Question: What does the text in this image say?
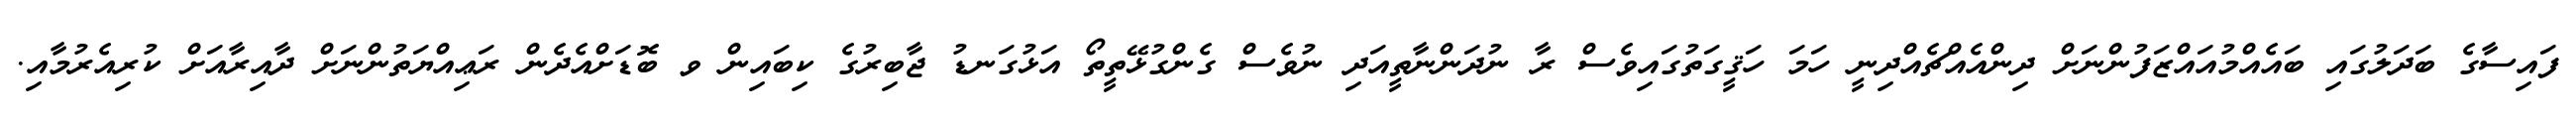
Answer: ފައިސާގެ ބަދަލުގައި ބައެއްމުއައްޒަފުންނަށް ދިންއެއްޗެއްދިނީ ހަމަ ހަޤީގަތުގައިވެސް ރާ ނުދަންނާތީއަދި ނުވެސް ގެންގުޅޭތީތޯ އަޅުގަނޑު ޖާބިރުގެ ކިބައިން ވ ބޮޑަށްއެދެން ރަޢިއްޔަތުންނަށް ދާއިރާއަށް ކުރިއެރުމާއި.